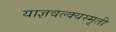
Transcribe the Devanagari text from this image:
याज्ञवल्क्यस्मृती